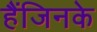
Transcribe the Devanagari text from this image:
हैंजिनके